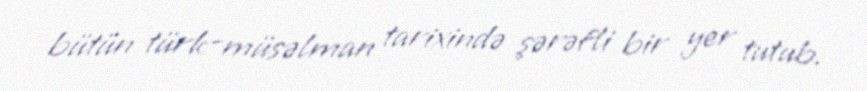
bütün türk-müsəlman tarixində şərəfli bir yer tutub.